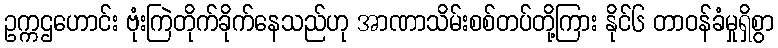
ဥက္ကဌဟောင်း ဗုံးကြဲတိုက်ခိုက်နေသည်ဟု အာဏာသိမ်းစစ်တပ်တို့ကြား နိုင်၆ တာဝန်ခံမှုရှိစွာ